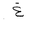
Letter: _gayn